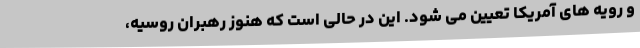
و رویه های آمریکا تعیین می شود. این در حالی است که هنوز رهبران روسیه،